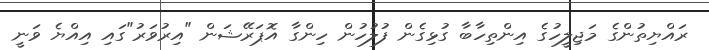
ރައްޔިތުންގެ މަޖިލީހުގެ އިންތިހާބާ ގުޅިގެން ފުލުހުން ހިންގާ އޮޕަރޭޝަން "އިރުވަރު"ގައި އިއްޔެ ވަނީ